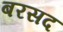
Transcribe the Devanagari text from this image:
बरसद